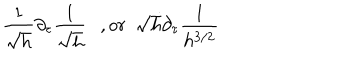
\frac { 1 } { \sqrt { h } } \partial _ { \tau } \frac { 1 } { \sqrt { h } } \ \ \ , o r \ \ \sqrt { h } \partial _ { \tau } \frac { 1 } { h ^ { 3 / 2 } }